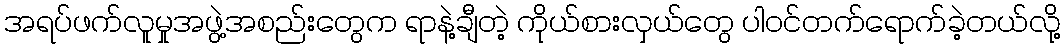
အရပ်ဖက်လူမှုအဖွဲ့အစည်းတွေက ရာနဲ့ချီတဲ့ ကိုယ်စားလှယ်တွေ ပါဝင်တက်ရောက်ခဲ့တယ်လို့